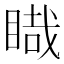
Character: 睵